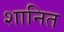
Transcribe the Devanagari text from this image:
शानित